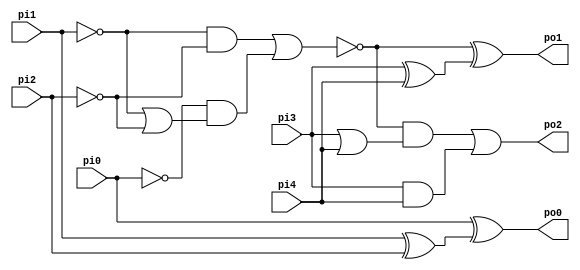
// Benchmark "CM82" written by ABC on Thu Mar 19 13:02:36 2020

module CM82 ( 
    pi0, pi1, pi2, pi3, pi4,
    po0, po1, po2  );
  input  pi0, pi1, pi2, pi3, pi4;
  output po0, po1, po2;
  wire new_n12_, new_n13_, new_n14_;
  assign po0 = pi0 ^ new_n14_;
  assign po1 = ~new_n12_ ^ new_n13_;
  assign po2 = (~new_n12_ & (pi3 | pi4)) | (pi3 & pi4);
  assign new_n12_ = (~pi1 & ~pi2) | (~pi0 & (~pi1 | ~pi2));
  assign new_n13_ = pi3 ^ pi4;
  assign new_n14_ = pi1 ^ pi2;
endmodule